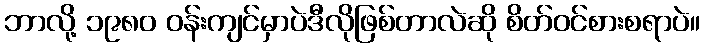
ဘာလို့ ၁၉၈၀ ဝန်းကျင်မှာပဲဒီလိုဖြစ်တာလဲဆို စိတ်ဝင်စားစရာပဲ။